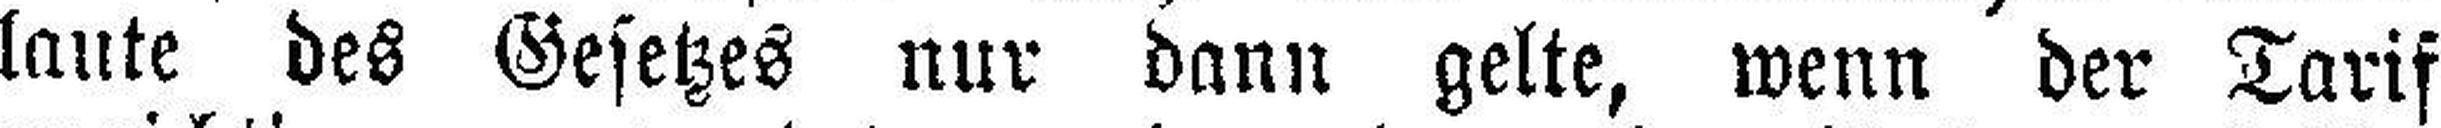
laute des Gesetzes nur dann gelte, wenn der Tarif